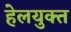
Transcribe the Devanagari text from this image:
हेलयुक्त